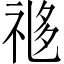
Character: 𬒼